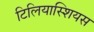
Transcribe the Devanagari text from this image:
टिलियास्शियस